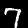
Digit: 7